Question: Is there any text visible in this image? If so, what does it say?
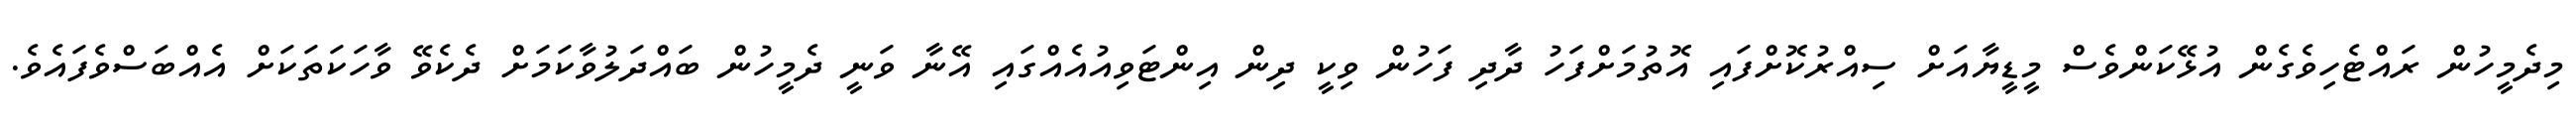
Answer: މިދެމީހުން ރައްޓެހިވެގެން އުޅޭކަންވެސް މީޑީޔާއަށް ސިއްރުކޮށްފައި އޮތުމަށްފަހު ދާދި ފަހުން ވިކީ ދިން އިންޓަވިއުއެއްގައި އޭނާ ވަނީ ދެމީހުން ބައްދަލުވާކަމަށް ދެކެވޭ ވާހަކަތަކަށް އެއްބަސްވެފައެވެ.